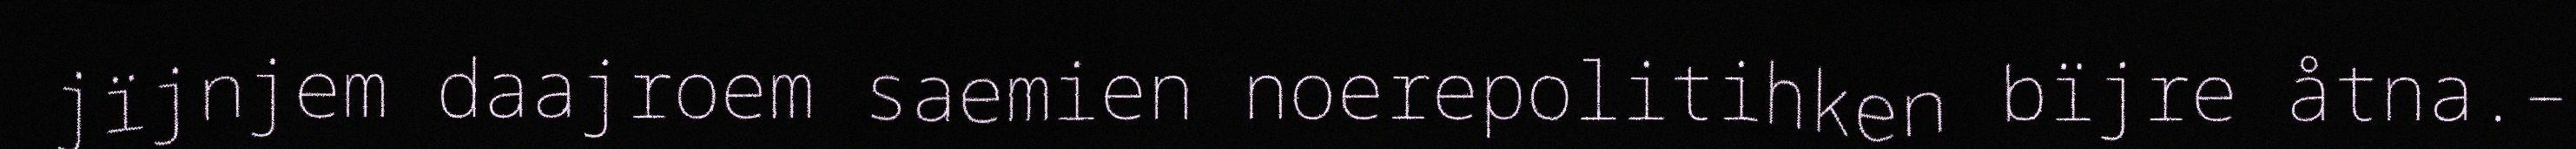
jïjnjem daajroem saemien noerepolitihken bïjre åtna.–